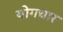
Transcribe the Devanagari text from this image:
योगचार